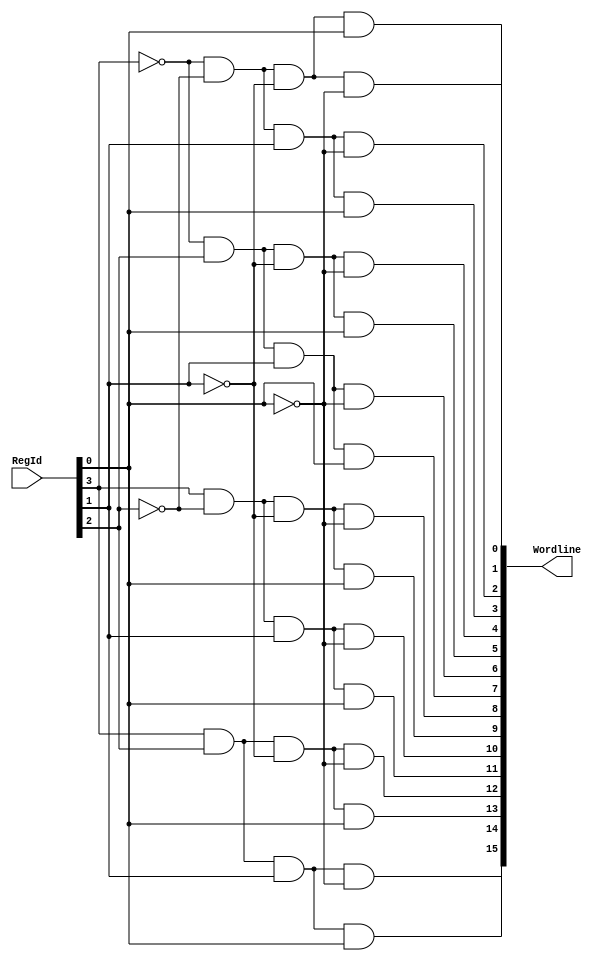
module ReadDecoder_4_16(input [3:0] RegId, output [15:0] Wordline);

assign Wordline[0] = ~RegId[3] & ~RegId[2] & ~RegId[1] & ~RegId[0];
assign Wordline[1] = ~RegId[3] & ~RegId[2] & ~RegId[1] & RegId[0];
assign Wordline[2] = ~RegId[3] & ~RegId[2] & RegId[1] & ~RegId[0];
assign Wordline[3] = ~RegId[3] & ~RegId[2] & RegId[1] & RegId[0];
assign Wordline[4] = ~RegId[3] & RegId[2] & ~RegId[1] & ~RegId[0];
assign Wordline[5] = ~RegId[3] & RegId[2] & ~RegId[1] & RegId[0];
assign Wordline[6] = ~RegId[3] & RegId[2] & RegId[1] & ~RegId[0];
assign Wordline[7] = ~RegId[3] & RegId[2] & RegId[1] & RegId[0];
assign Wordline[8] = RegId[3] & ~RegId[2] & ~RegId[1] & ~RegId[0];
assign Wordline[9] = RegId[3] & ~RegId[2] & ~RegId[1] & RegId[0];
assign Wordline[10] = RegId[3] & ~RegId[2] & RegId[1] & ~RegId[0];
assign Wordline[11] = RegId[3] & ~RegId[2] & RegId[1] & RegId[0];
assign Wordline[12] = RegId[3] & RegId[2] & ~RegId[1] & ~RegId[0];
assign Wordline[13] = RegId[3] & RegId[2] & ~RegId[1] & RegId[0];
assign Wordline[14] = RegId[3] & RegId[2] & RegId[1] & ~RegId[0];
assign Wordline[15] = RegId[3] & RegId[2] & RegId[1] & RegId[0];

endmodule